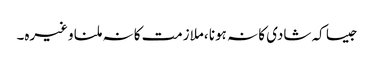
جیسا کہ شادی کا نہ ہونا ،ملازمت کا نہ ملنا وغیرہ۔